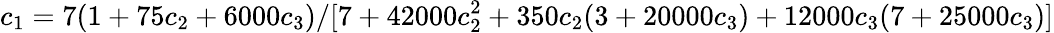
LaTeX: c_{1}=7(1+75c_{2}+6000c_{3})/[7+42000c_{2}^{2}+350c_{2}(3+20000c_{3})+12000c_{3}(7+25000c_{3})]